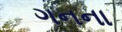
ગનના